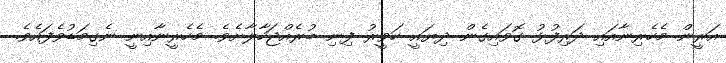
އަރީން މެހެރިނާއައި ދަރިފުޅު ގޮވައިގެން ދިޔައީ ހަވީރު ފިނި ބުރެއްޖަހާލާށެވެ. މެހެރީނާއިނީ ނެގިމަޑުވެފައެވެ.